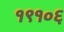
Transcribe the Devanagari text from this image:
१९१०६